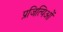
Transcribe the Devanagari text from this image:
प्रजित्यिओं